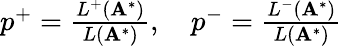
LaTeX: \begin{array}{r}{p^{+}=\frac{L^{+}(\mathbf{A}^{*})}{L(\mathbf{A}^{*})},\quad p^{-}=\frac{L^{-}(\mathbf{A}^{*})}{L(\mathbf{A}^{*})}}\end{array}